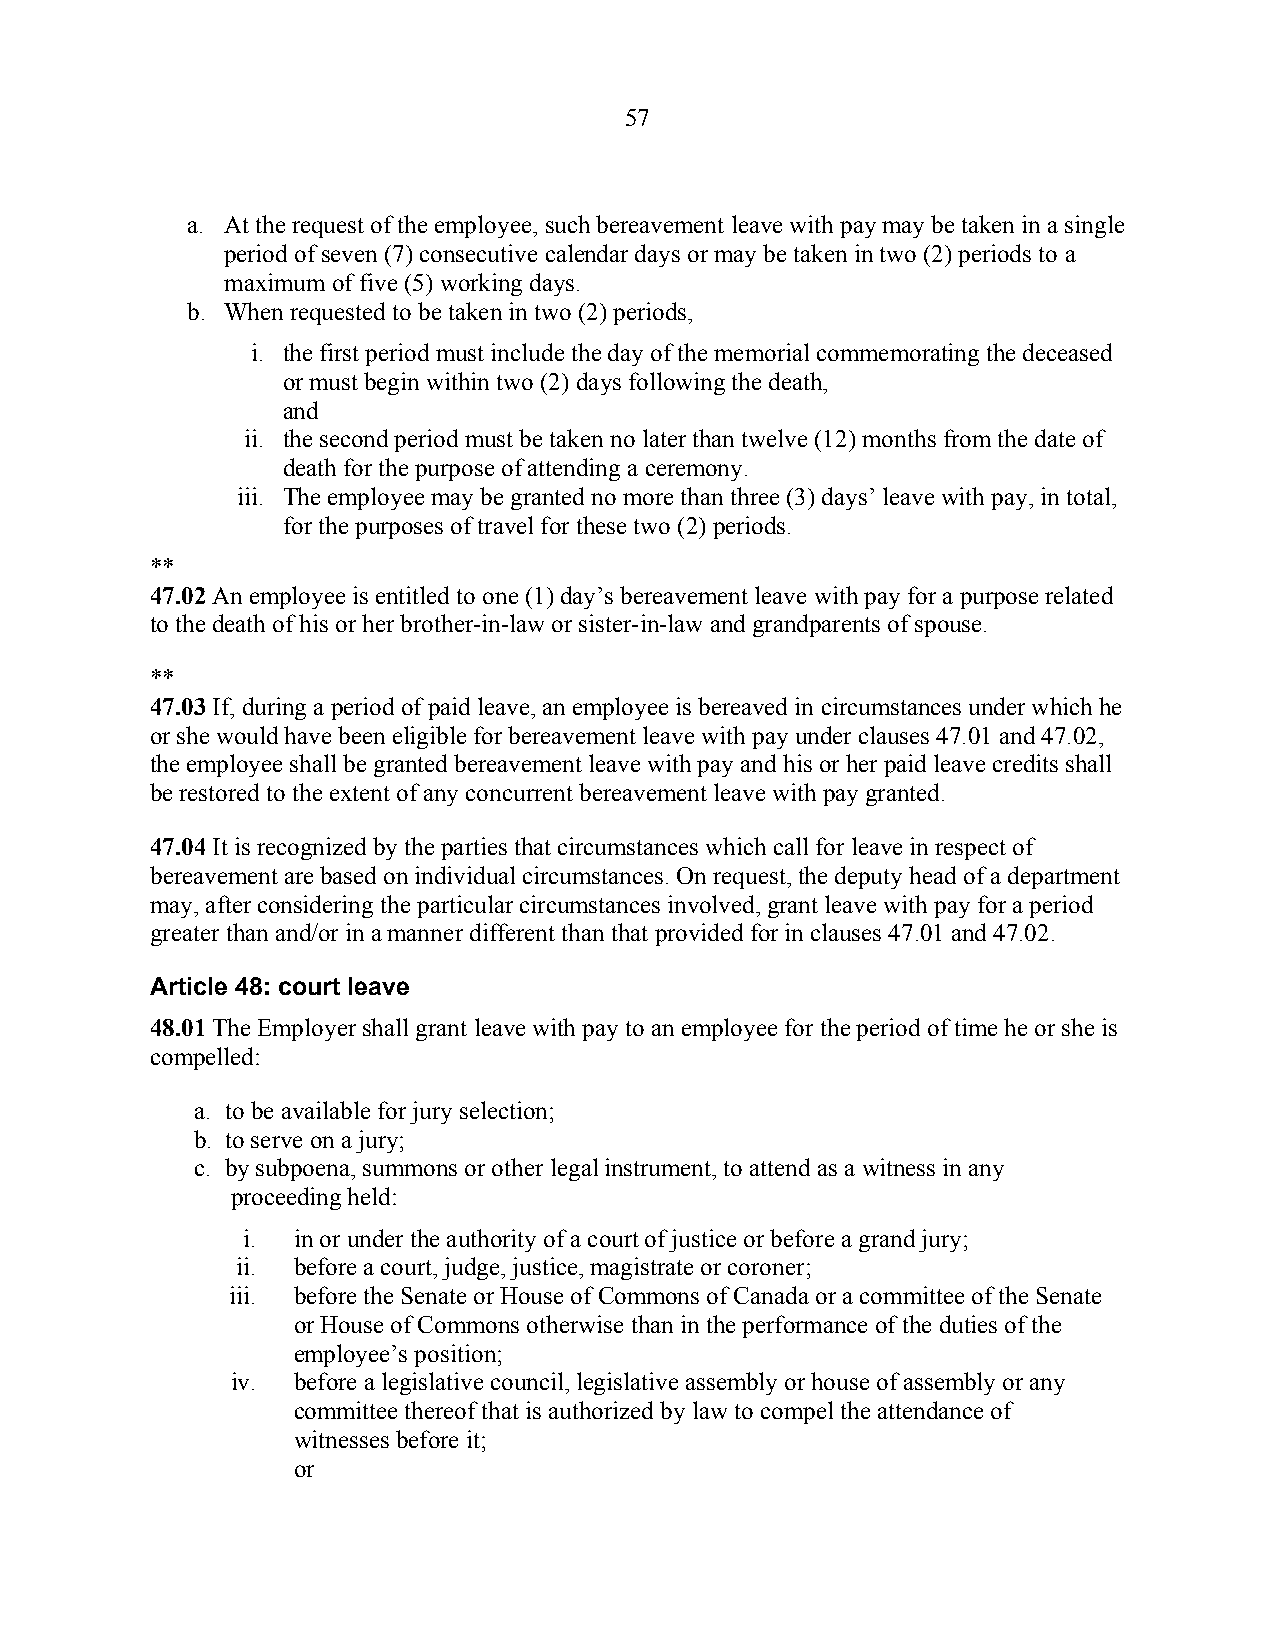
57
 a. At the request of the employee, such bereavement leave with pay may be taken in a single
 period of seven (7) consecutive calendar days or may be taken in two (2) periods to a
 maximum of five (5) working days.
 b. When requested to be taken in two (2) periods,
 i. the first period must include the day of the memorial commemorating the deceased
 or must begin within two (2) days following the death,
 and
 ii. the second period must be taken no later than twelve (12) months from the date of
 death for the purpose of attending a ceremony.
 iii. The employee may be granted no more than three (3) days’ leave with pay, in total,
 for the purposes of travel for these two (2) periods.
 **
 47.02 An employee is entitled to one (1) day’s bereavement leave with pay for a purpose related
 to the death of his or her brother-in-law or sister-in-law and grandparents of spouse.
 **
 47.03 If, during a period of paid leave, an employee is bereaved in circumstances under which he
 or she would have been eligible for bereavement leave with pay under clauses 47.01 and 47.02,
 the employee shall be granted bereavement leave with pay and his or her paid leave credits shall
 be restored to the extent of any concurrent bereavement leave with pay granted.
 47.04 It is recognized by the parties that circumstances which call for leave in respect of
 bereavement are based on individual circumstances. On request, the deputy head of a department
 may, after considering the particular circumstances involved, grant leave with pay for a period
 greater than and/or in a manner different than that provided for in clauses 47.01 and 47.02.
 Article 48: court leave
 48.01 The Employer shall grant leave with pay to an employee for the period of time he or she is
 compelled:
 a. to be available for jury selection;
 b. to serve on a jury;
 c. by subpoena, summons or other legal instrument, to attend as a witness in any
 proceeding held:
 i. in or under the authority of a court of justice or before a grand jury;
 ii. before a court, judge, justice, magistrate or coroner;
 iii. before the Senate or House of Commons of Canada or a committee of the Senate
 or House of Commons otherwise than in the performance of the duties of the
 employee’s position;
 iv. before a legislative council, legislative assembly or house of assembly or any
 committee thereof that is authorized by law to compel the attendance of
 witnesses before it;
 or